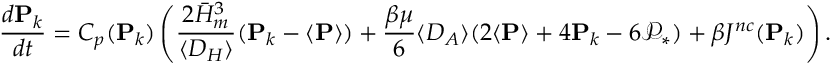
{ \frac { d \mathbf { P } _ { k } } { d t } } = C _ { p } ( \mathbf { P } _ { k } ) \left( { \frac { 2 \bar { H } _ { m } ^ { 3 } } { \langle D _ { H } \rangle } } ( \mathbf { P } _ { k } - \langle \mathbf { P } \rangle ) + { \frac { \beta \mu } { 6 } } \langle D _ { A } \rangle ( 2 \langle \mathbf { P } \rangle + 4 \mathbf { P } _ { k } - 6 \mathcal { P } _ { * } ) + \beta J ^ { n c } ( \mathbf { P } _ { k } ) \right) .